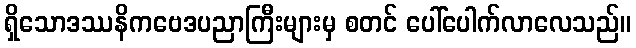
ရှိသောဒဿနိကဗေဒပညာကြီးများမှ စတင် ပေါ်ပေါက်လာလေသည်။